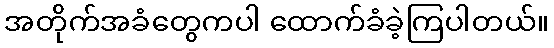
အတိုက်အခံတွေကပါ ထောက်ခံခဲ့ကြပါတယ်။